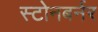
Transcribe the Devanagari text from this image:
स्टोनबर्नर